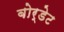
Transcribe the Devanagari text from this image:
बोर्डेट